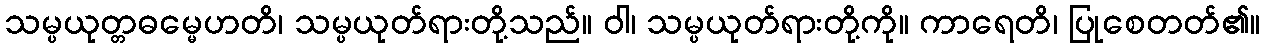
သမ္ပယုတ္တဓမ္မေဟတိ၊ သမ္ပယုတ်ရားတို့သည်။ ဝါ၊ သမ္ပယုတ်ရားတို့ကို။ ကာရေတိ၊ ပြုစေတတ်၏။